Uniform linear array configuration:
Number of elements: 24
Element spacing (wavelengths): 1
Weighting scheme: kaiser
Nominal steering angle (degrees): -60
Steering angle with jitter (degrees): -58.9
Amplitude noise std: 0.05
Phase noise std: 0.05

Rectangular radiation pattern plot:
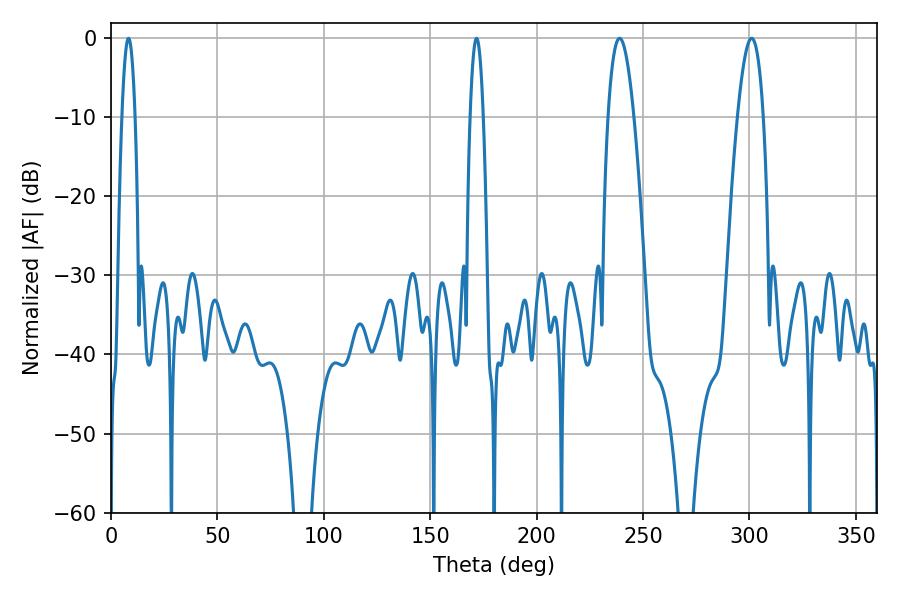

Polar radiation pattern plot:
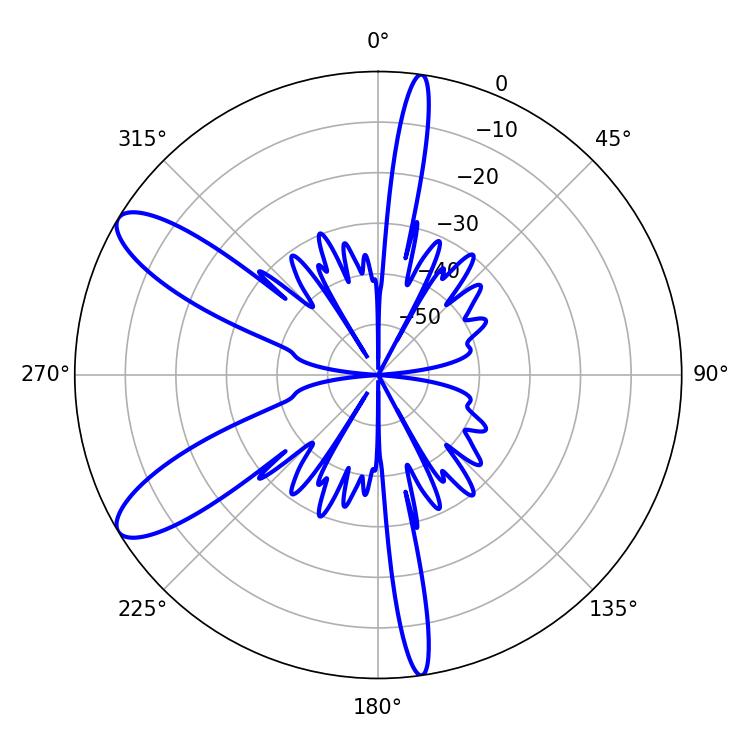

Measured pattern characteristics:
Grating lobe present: TRUE
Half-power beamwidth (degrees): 6.66
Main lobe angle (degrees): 239.04